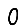
Digit: 0